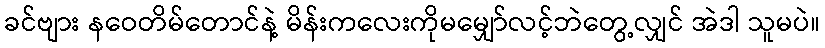
ခင်ဗျား နဝေတိမ်တောင်နဲ့ မိန်းကလေးကိုမမျှော်လင့်ဘဲတွေ့လျှင် အဲဒါ သူမပဲ။